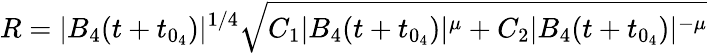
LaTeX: R=|B_{4}(t+t_{0_{4}})|^{1/4}\sqrt{C_{1}|B_{4}(t+t_{0_{4}})|^{\mu}+C_{2}|B_{4}(t+t_{0_{4}})|^{-\mu}}